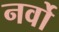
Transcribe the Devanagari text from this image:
नर्वो